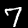
Digit: 7